system: You are a helpful assistant.
user:
Analyze the provided spectrum to determine if it is a **Carbon Star (C-type)**.

- **Key Visual Indicators of Carbon Star:**
    - **(Primary):** Strong molecular absorption from **C₂ (diatomic carbon) "Swan Bands."** This is the **defining feature** of a carbon star.
        - **(Key Bandheads):** Sharp absorption edges are visible at approximately $5635$ Å, $5165$ Å (the strongest band), and $4737$ Å.
        - **(Line Profile):** Creates a distinct **"saw-tooth"** pattern. The key morphology is a sharp, steep bandhead on the **red (long-wavelength) side**, which then gradually tapers off (i.e., flux recovers) towards the **blue (short-wavelength) side**. *(This is the direct opposite of the TiO bands seen in M-type stars)*.

    - **(Secondary):** Intense **CN (cyanogen)** molecular absorption bands.
        - **(Key Bandheads):** Located in the blue and violet regions of the spectrum (e.g., near $4215$ Å and $3883$ Å).
        - **(Morphology):** These bands are extremely broad and act as a "blanket," absorbing the vast majority of blue and violet light. This creates a characteristic **"cliff"** or **"steep drop-off"** in the spectrum's flux at short wavelengths.

    - **(Key Confirmation):** Strong **CH absorption band (G-band)**.
        - **(Key Bandhead):** Located around $4300$ Å. The contribution from CH molecules to this band is exceptionally strong.

    - **(Overall Spectrum):**
        - The continuum is severely "chopped up" by these deep molecular bands, especially C₂, rather than appearing as a smooth curve.
        - Due to the heavy CN and C₂ absorption in the blue-green, the vast majority of the star's flux is concentrated in the red part of the spectrum, giving the star its characteristic deep red color.

Think first, call **spectral_visualization_tool** if needed to examine features in detail, then provide your final answer. Your response must adhere to the following strict rules:
1.  **Overall Structure:** Your response must follow the format `<think>...</think> <tool_call>...</tool_call> (if a tool is used) <answer>...</answer>`.
2.  **Tool Usage Constraint:** You may only make **one** tool call per turn.
3.  **Final Answer Format:** In the `<answer>` tag, your conclusion must be inside a `\boxed{}` command (e.g., `\boxed{YES}`), followed by your justification.

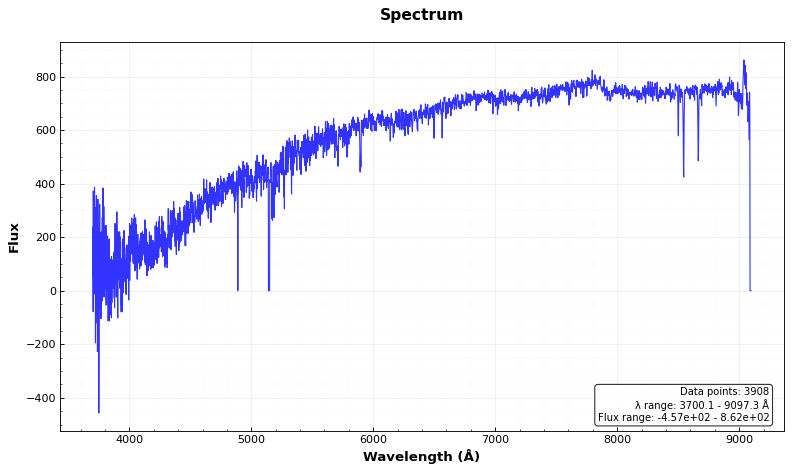
Answer: NO